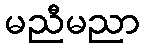
မညီမညာ